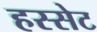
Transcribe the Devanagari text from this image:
हस्सेट